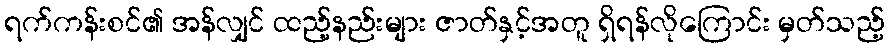
ရက်ကန်းစင်၏ အန်လျှင် ထည့်နည်းများ ဇာတ်နှင့်အတူ ရှိရန်လိုကြောင်း မှတ်သည့်